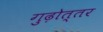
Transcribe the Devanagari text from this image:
गुढ़ोत्तर